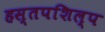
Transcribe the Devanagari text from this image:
हस्तपशिल्प